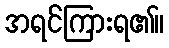
အရင်ကြားရ၏။